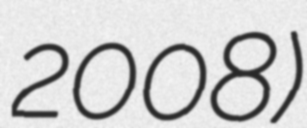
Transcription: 2008)